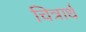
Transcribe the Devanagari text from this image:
चित्रार्ध